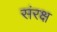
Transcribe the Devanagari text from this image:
संरक्ष